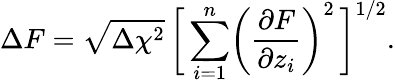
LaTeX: \Delta F=\sqrt{\Delta\chi^{2}}\, \biggl[\, \sum_{i=1}^{n}\biggl(\frac{\partial F}{\partial z_{i}}\biggr)^{2}\, \biggr]^{1/2}.